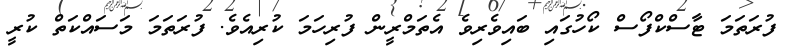
ފުރަތަމަ ޓާސްކްފޯސް ކޯހުގައި ބައިވެރިވެ އެތަމްރީން ފުރިހަމަ ކުރިއެވެ. ފުރަތަމަ މަސައްކަތް ކުރީ